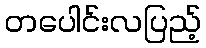
တပေါင်းလပြည့်